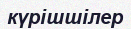
күрішшілер